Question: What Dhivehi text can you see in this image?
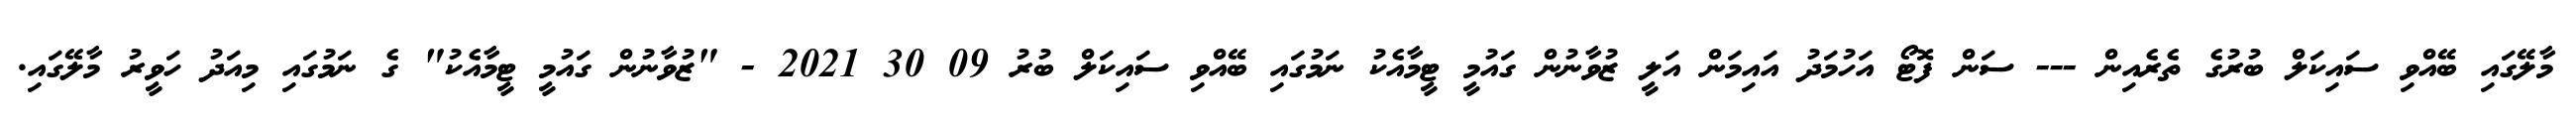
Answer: މާލޭގައި ބޭއްވި ސައިކަލް ބުރުގެ ތެރެއިން --- ސަން ފޮޓޯ އަހުމަދު އައިމަން އަލީ ޒުވާނުން ގައުމީ ޓީމާއެކު ނަމުގައި ބޭއްވި ސައިކަލް ބުރު 09 30 2021 - "ޒުވާނުން ގައުމީ ޓީމާއެކު" ގެ ނަމުގައި މިއަދު ހަވީރު މާލޭގައި.